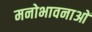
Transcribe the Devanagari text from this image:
मनोभावनाआें